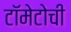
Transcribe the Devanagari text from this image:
टॉमेटोची